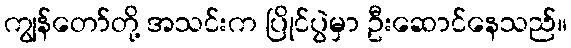
ကျွန်တော်တို့ အသင်းက ပြိုင်ပွဲမှာ ဦးဆောင်နေသည်။